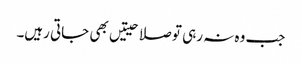
جب وہ نہ رہی تو صلاحیتیں بھی جاتی رہیں۔